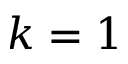
k = 1